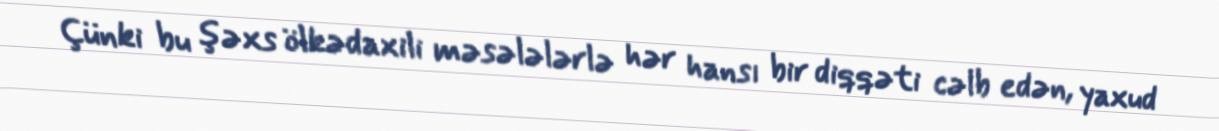
Çünki bu şəxs ölkədaxili məsələlərlə hər hansı bir diqqəti cəlb edən, yaxud